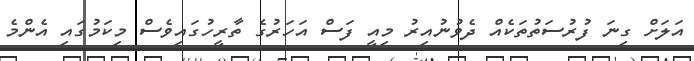
އަލަށް ގިނަ ފުރުސަތުތަކެއް ދެވުނުއިރު މިއީ ފަސް އަހަރުގެ ތާރީހުގައިވެސް މިކަމުގައި އެންމެ